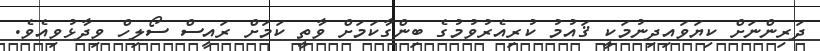
ދަރިންނަށް ކިޔަވައިދިނުމަކީ ޤައުމު ކުރިއެރުވުމުގެ ބިންގާކަމަށް ވާތީ ކަމަށް ރައީސް ސޯލިހް ވިދާޅުވިއެވެ.